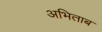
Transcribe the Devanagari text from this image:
अभिताब